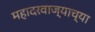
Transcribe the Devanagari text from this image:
महादरवाज्याच्या